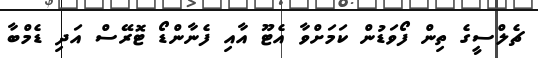
ޗެލްސީގެ ތިން ފޯވަޑުން ކަމަށްވާ އެޓޫ އާއި ފެނާންޑޯ ޓޮރޭސް އަދި ޑެމްބާ